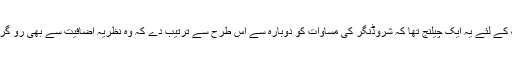
نوجوان ڈیراک کے لئے یہ ایک چیلنج تھا کہ شروڈنگر کی مساوات کو دوبارہ سے اس طرح سے ترتیب دے کہ وہ نظریہ اضافیت سے بھی رو گردانی نہ کرے۔